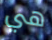
هي